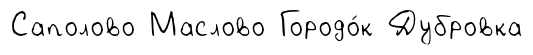
Саполово Маслово Городо́к Дубровка